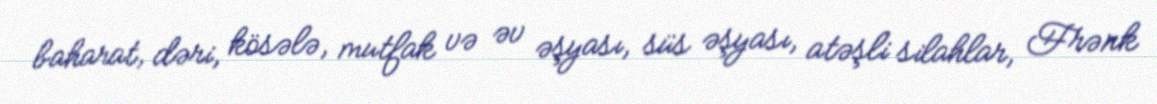
baharat, dəri, kösələ, mutfak və əv əşyası, süs əşyası, atəşli silahlar, Frənk